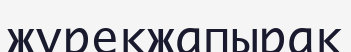
жүрекжапырақ